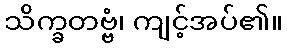
သိက္ခတဗ္ဗံ၊ ကျင့်အပ်၏။